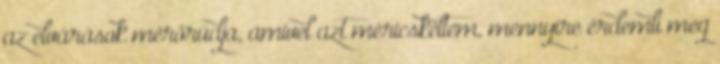
az elvárások mérőrúdja, amivel azt méricskéltem, mennyire érdemli meg